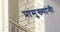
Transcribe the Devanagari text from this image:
प्रामुख्यांनी